King Institute of Preventive Medicine Bacteriolog. Section reports 1907-08
Year: 1907
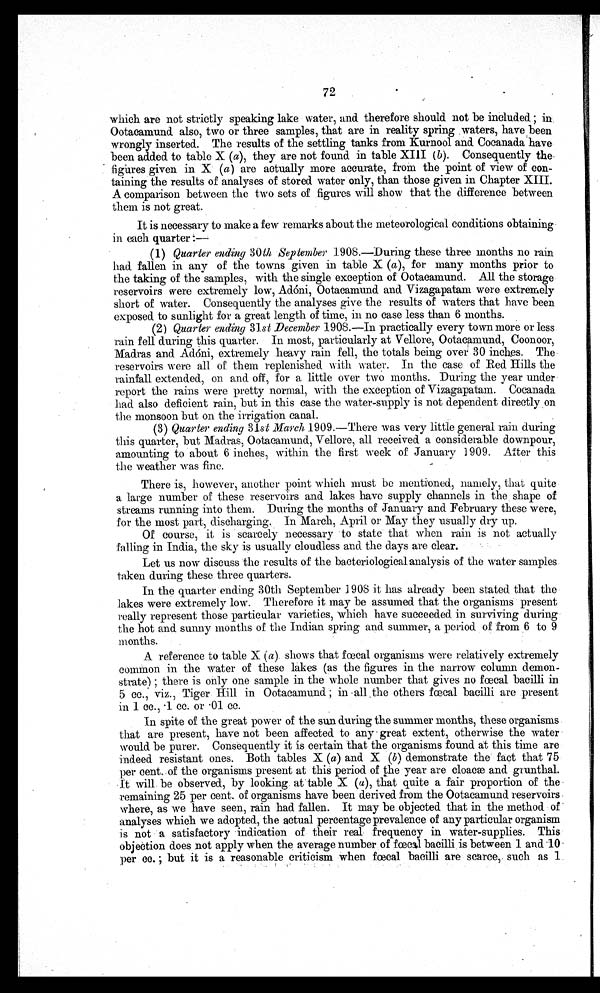
72 .
•
which are not strictly speaking lake water, and. therefore should not be included • in.
n
also, two or three samples, that are in reality spring . waters, have been
wrongly inserted. The results of the settling tanks from Kurnool and. Cocanadam have
been added to table X (a), they are not found in table XIII (b). Consequently
thefigures given in X (a) are actually more accurate, from the point of view of con-
taming the results of analyses of stored water only, than those given in Chapter XIII.
A comparison between the two sets of figures will show that the difference between
them is not great.
It is necessary to make a few remarks about the meteorological conditions obtaining
in each quarter:—
(1) Quarter ending 30th September 1908.—During these three months no rain
had fallen in any of the towns given in table X (a), for many months prior to
the taking of the samples, with the single exception of Ootacamund. All the storage
reservoirs were extremely low, Adóni, Ootacamund and Vizagapatam were extremely
short of water. Consequently the analyses give the results of waters that have been
exposed to sunlight for a great length of time, in no case less than 6 months.
(2) Quarter ending 31st December 1908.—In practically every town more or less
rain fell during this quarter. In most, particularly at Vellore, Ootacamund, Coonoor,
Madras and. Adóni, extremely .heavy rain fell, the totals being over 30 inches. The.
reservoirs were all of them replenished with water. In the case of Red Hills the
rainfall extended, on and off, for a little over two months. During the year under
report the rains were pretty normal, with the exception of Vizagapatam. Cocanada
had also deficient rain, but in this case the water-supply is not dependent directly on
the monsoon but on the irrigation canal.
(3) Quarter ending 31 st March 1909.—There was very little general rain during
this quarter, but Madras, Ootacamund, Vellore, all received a considerable downpour,
amounting to about 6 inches, within the first week of January 1909. After this
the weather was fine.
-
There is, however, another point which must be mentioned, namely, that quite-
a large number of these reservoirs and lakes have supply channels in the shape of
streams running into them. During the months of January and February these were,
for the most part, discharging.. In March, April or May they usually dry up.
Of course, it is scarcely necessary to state that when rain is not actually
i.n India, the sky is usually cloudless and the days are clear.
Let us now discuss the results of the bacteriological analysis of the water samples
taken during these three quarters.
In the quarter ending 30th September 1908 it has already been stated that the
lakes were extremely low. Therefore it may be assumed that the organisms present
really represent those particular varieties, which have succeeded in surviving during
the hot and sunny months of the Indian spring and summer, a period of from 6 to 9
months.
A reference to table X (a). shows that fœcal organisms were relatively extremely
common in the water of these lakes (as the figures in the narrow column demon-
strate) ; there is only one sample in the whole number that gives no fecal bacilli in
5 cc., viz., Tiger Hill in Ootacamund; in all the others fœal bacilli are present
in 1 cc.,.1 cc. or .01 cc.
In spite of the great power of the sun during the summer months, these organisms -
that are present, have not been affected to any great extent, otherwise the water
would be purer. Consequently it is certain that the organisms found at this time are
indeed resistant ones. Both tables X (a) and X (b) demonstrate the fact that 75
per cent. :of the organisms present at this period of the year are cloacæ and grunthal.
It will. be observed, by looking. at table X (a), that quite a fair proportion of the
remaining 25 per cent. of organisms have been derived from the Ootacamund reservoirs.
where, as we have seen, rain had fallen. It may be objected that in the method of
analyses which we adopted, the actual percentage prevalence of any particular organism
is not a satisfactory indication of their real frequency in water-supplies. This
objection does not apply when the average number of fœcalbacilliis between 1 and 1 0
p e r
c c . ;
b u t i t i s a r e a s o n a b l e c r i t i c i s m w h e n f e c a l b a c i l l i a r e s c a r c e , s u c h a s 1 .